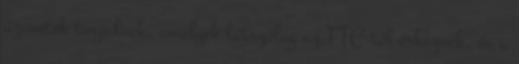
üzenetek terjednek, amelyek látszólag az FTC-től érkeznek, és a